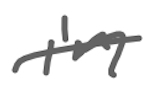
Text: in
Cross-out: single-line
Writing tool: digital_gray